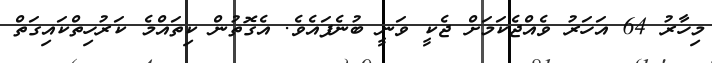
މިހާރު 64 އަހަރު ވެއްޖެކަމަށް ޖެކީ ވަނީ ބުނެފައެވެ. އެގޮތުން ކިތައްމެ ކަރުހިތްކައިގަތް